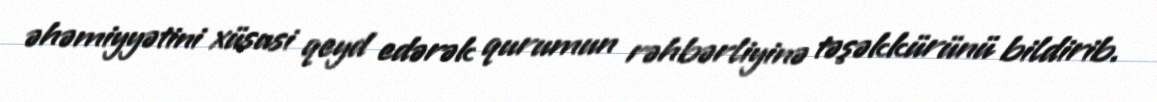
əhəmiyyətini xüsusi qeyd edərək qurumun rəhbərliyinə təşəkkürünü bildirib.